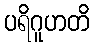
ပရိဂူဟတိ